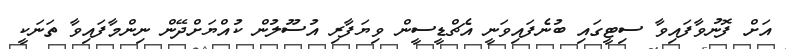
އަށް ފޮނުވާފައިވާ ސިޓީގައި ބުނެފައިވަނީ އެޗްޑީސީން ވިޔަފާރި އުސޫލުން ކުއްޔަށްދޭން ނިންމާފައިވާ ތަނަކީ